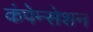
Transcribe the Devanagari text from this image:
कंपेन्सेशन